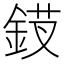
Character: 𬫗